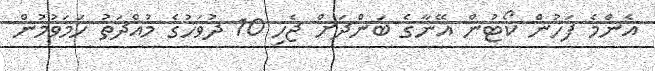
އެންމެ ފަހުން ކޯޓުން އޭނާގެ ބަންދަށް ޖެހި 10 ދުވަހުގެ މުއްދަތު ހަމަވުމުން